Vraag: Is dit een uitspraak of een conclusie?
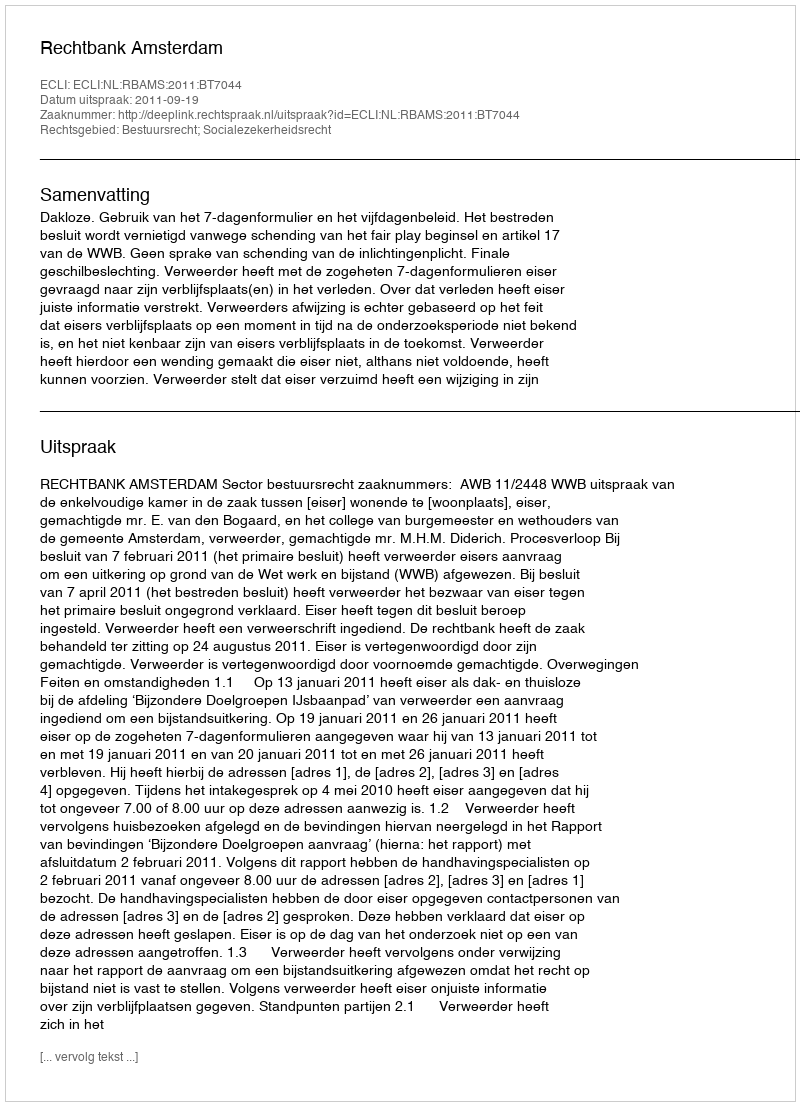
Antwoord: Uitspraak